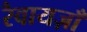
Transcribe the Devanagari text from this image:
रैवायज़ाँ